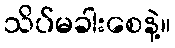
သိပ်မခါးစေနဲ့။